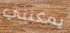
يمكنني